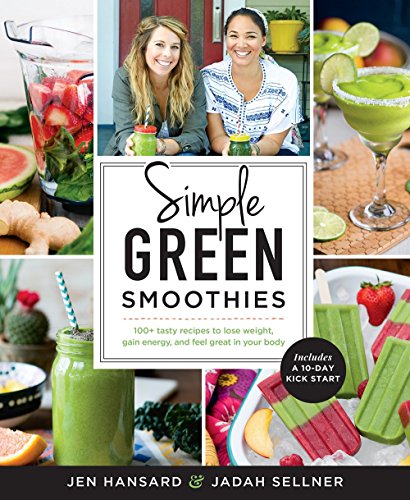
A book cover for Simple Green Smoothies: 100+ Tasty Recipes to Lose Weight, Gain Energy, and Feel Great in Your Body; Jen Hansard; Cookbooks, Food & Wine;